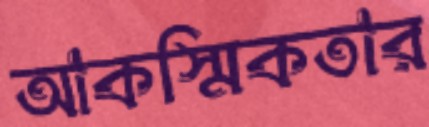
আকস্মিকতার